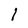
Character: l